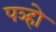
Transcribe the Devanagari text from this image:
पञ्हो